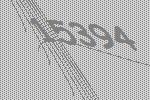
15394